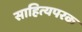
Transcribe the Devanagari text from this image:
साहित्यपरक